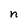
Character: n